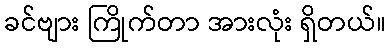
ခင်ဗျား ကြိုက်တာ အားလုံး ရှိတယ်။